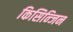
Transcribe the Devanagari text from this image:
किसिन्जिन